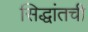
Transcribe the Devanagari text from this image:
सिद्धांतची